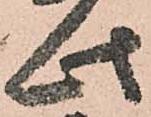
此